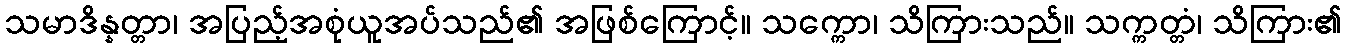
သမာဒိန္နတ္တာ၊ အပြည့်အစုံယူအပ်သည်၏ အဖြစ်ကြောင့်။ သက္ကော၊ သိကြားသည်။ သက္ကတ္တံ၊ သိကြား၏